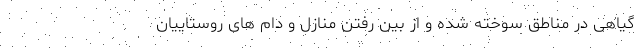
گیاهی در مناطق سوخته شده و از بین رفتن منازل و دام های روستاییان